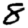
Digit: 8